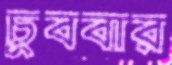
চুববার